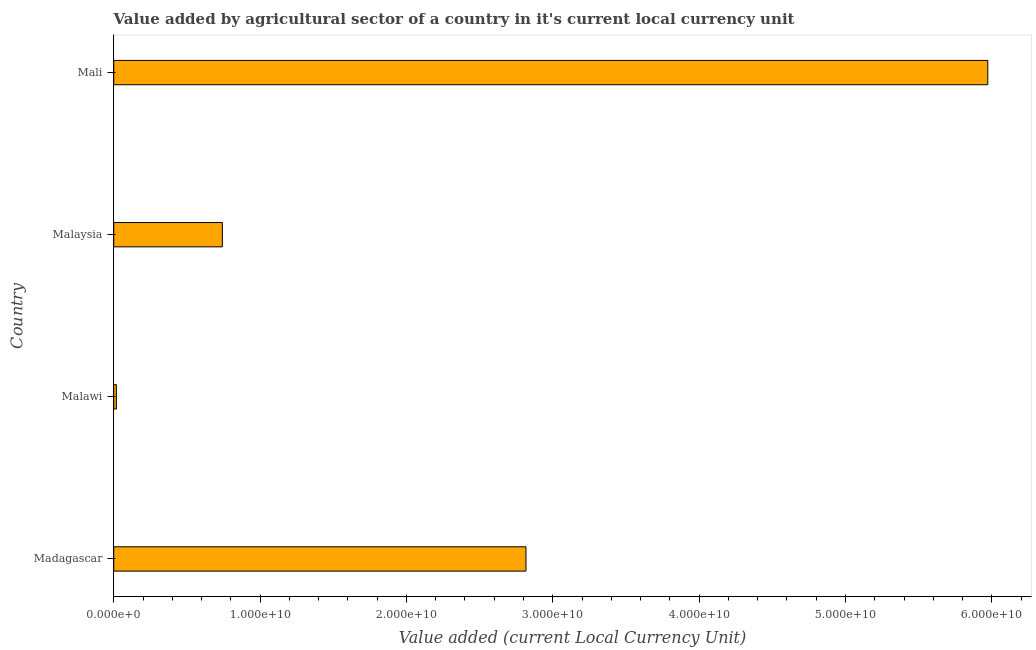
| Country | Agriculture |
 | --- | --- |
 | Madagascar | 2.82e+10 |
 | Malawi | 1.78e+08 |
 | Malaysia | 7.42e+09 |
 | Mali | 5.97e+10 |